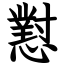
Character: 懟